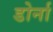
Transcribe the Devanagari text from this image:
डोर्ना